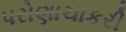
પરોણાચાકરી